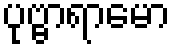
ပုဗ္ဗာရာမော